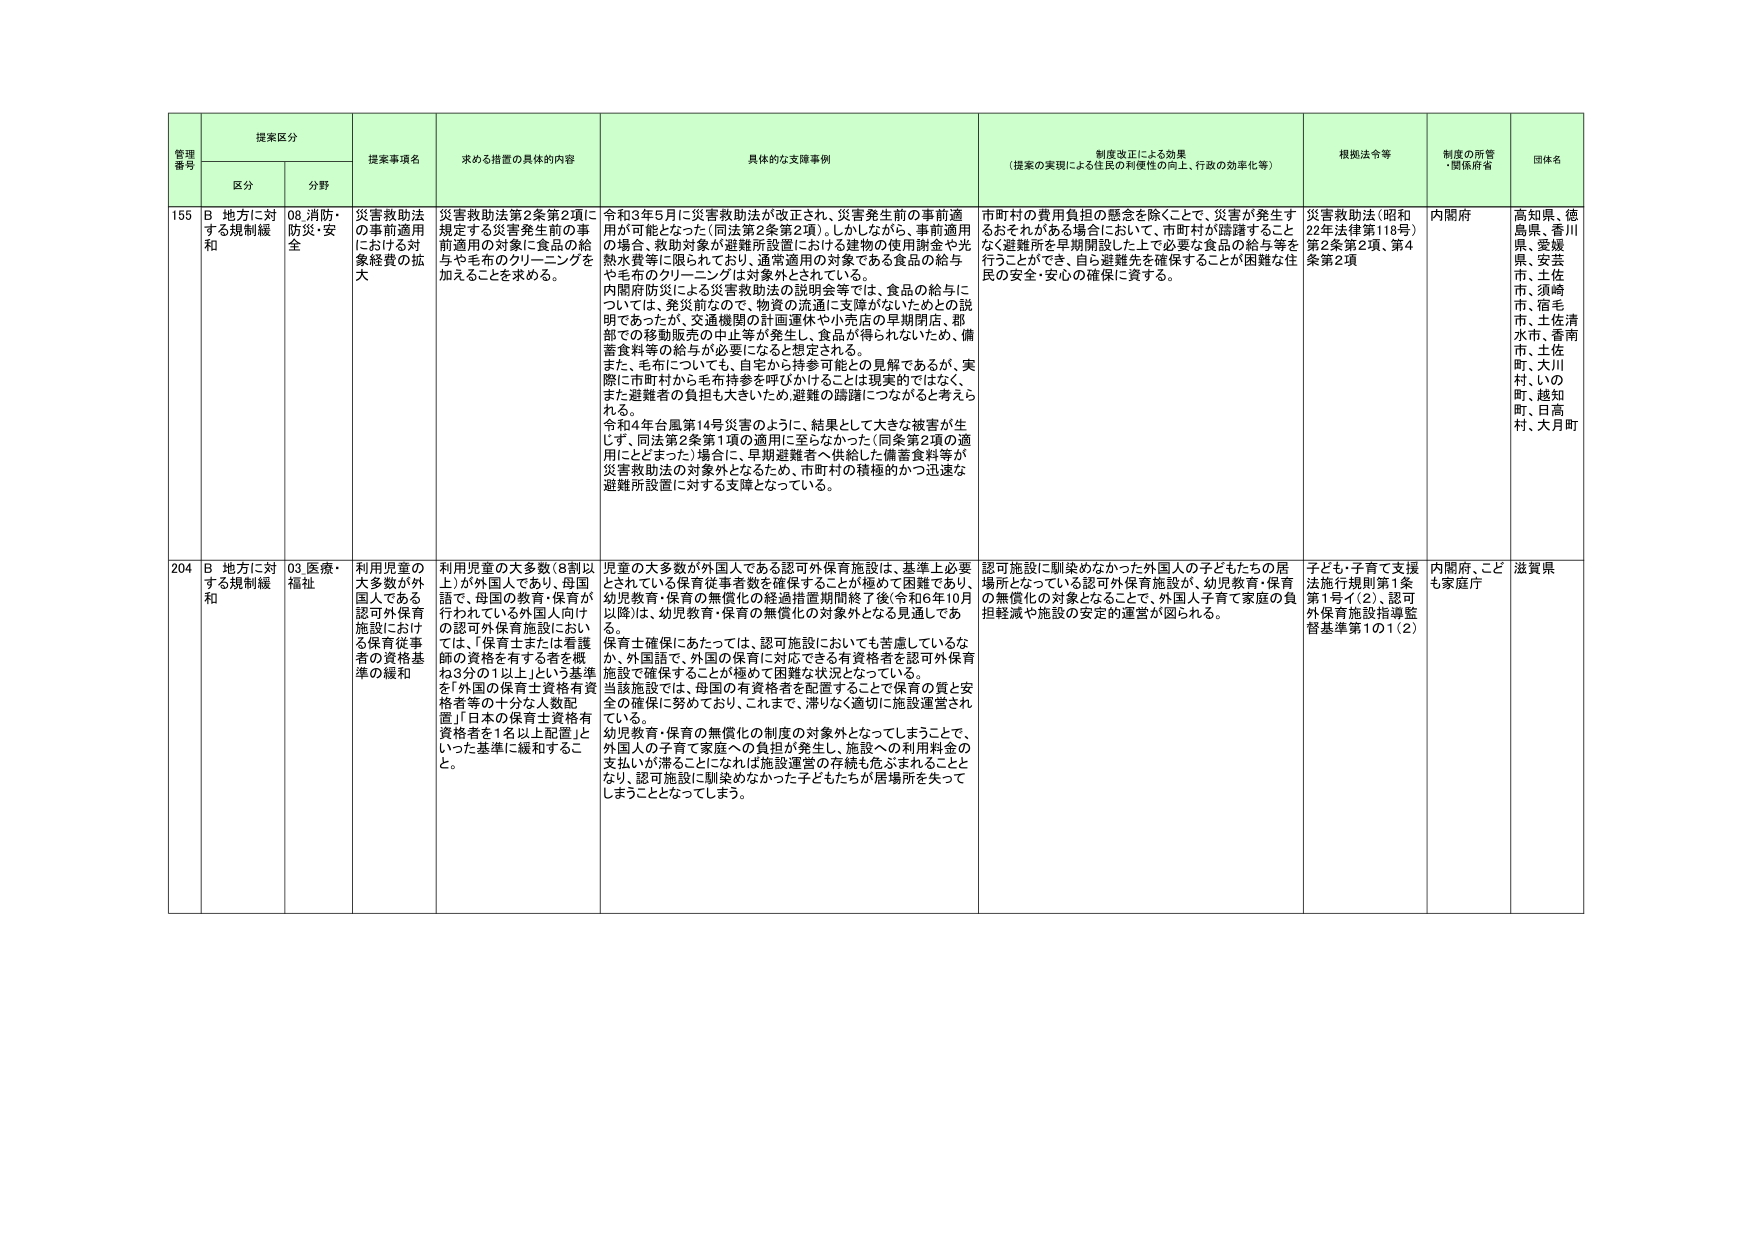
管理番号 提案区分 提案事項名 求める措置の具体的内容 具体的な支援事例 制度改正による効果 （提案の実現による住民の利便性の向上、行政の効率化等） 根拠法令等 制度の所管・関係府省 団体名
区分 分野
155 B 地方に対する規制緩和 08.消防・防災・安全 災害救助法の事前適用における対象経費の拡大 災害救助法第2条第2項に規定する災害発生前の事前適用の対象に食品の給与や毛布のクリーニングを加えることを求める。 令和3年5月に災害救助法が改正され、災害発生前の事前適用が可能となった（同法第2条第2項）。しかしながら、事前適用の場合、救助対象が避難所設置における建物の使用謝金や光熱水費等に限られており、通常適用の対象である食品の給与や毛布のクリーニングは対象外とされている。 内閣府防災による災害救助法の説明会等では、食品の給与については、発災前なので、物資の流通に支障がないためとの説明であったが、交通機関の計画運休や小売店の早期閉店、都部での移動販売の中止等が発生し、食品が得られないため、備蓄食料等の給与が必要になると想定される。 また、毛布についても、自宅から持参可能との見解であるが、実際に市町村から毛布持参を呼びかけることは現実的ではなく、また避難者の負担も大きいため、避難の躊躇につながると考えられる。 令和4年台風第14号災害のように、結果として大きな被害が生じず、同法第2条第1項の適用に至らなかった（同条第2項の適用にとどまった）場合に、早期避難者へ供給した備蓄食料等が災害救助法の対象外となるため、市町村の積極的かつ迅速な避難所設置に対する支障となっている。 市町村の費用負担の懸念を除くことで、災害が発生するおそれがある場合において、市町村が躊躇することなく避難所を早期開設した上で必要な食品の給与等を行うことができ、自ら避難先を確保することが困難な住民の安全・安心の確保に資する。 災害救助法（昭和22年法律第118号）第2条第2項、第4条第2項 内閣府 高知県、徳島県、香川県、愛媛県、安芸市、土佐市、須崎市、宿毛市、土佐清水市、香南市、土佐町、大川村、いの町、越知町、日高村、大月町
204 B 地方に対する規制緩和 03.医療・福祉 利用児童の大多数が外国人である認可外保育施設における保育従事者の資格基準の緩和 利用児童の大多数（8割以上）が外国人であり、母国語で、母国の教育・保育が行われている外国人向けの認可外保育施設において、「保育士または看護師の資格を有する者を概ね3分の1以上」という基準を「外国の保育士資格有資格者等の十分な人数配置」「日本の保育士資格有資格者を1名以上配置」といった基準に緩和すること。 児童の大多数が外国人である認可外保育施設は、基準上必要とされている保育従事者数を確保することが極めて困難であり、幼児教育・保育の無償化の経過措置期間終了後（令和6年10月以降）は、幼児教育・保育の無償化の対象外となる見通しである。 保育士確認にあたっては、認可施設においても苦慮しているなか、外国語で、外国の保育に対応できる有資格者を認可外保育施設で確保することが極めて困難な状況となっている。 当該施設では、母国の有資格者を配置することで保育の質と安全の確保に努めており、これまで、滞りなく適切に施設運営されている。 幼児教育・保育の無償化の制度の対象外となってしまうことで、外国人の子育て家庭への負担が発生し、施設への利用料金の支払いが滞ることになれば施設運営の存続も危ぶまれることとなり、認可施設に馴染めなかった子どもたちが居場所を失ってしまうこととなってしまう。 認可施設に馴染めなかった外国人の子どもたちの居場所となっている認可外保育施設が、幼児教育・保育の無償化の対象となることで、外国人子育て家庭の負担軽減や施設の安定的運営が図られる。 子ども・子育て支援法施行規則第1条第1号イ（2）、認可外保育施設指導監督基準第1の1（2） 内閣府、こども家庭庁 滋賀県